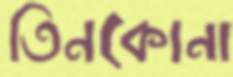
তিনকোনা